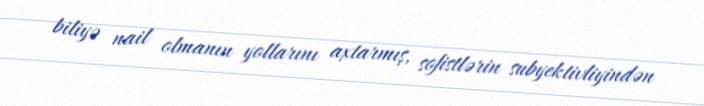
biliyə nail olmanın yollarını axtarmış, sofistlərin subyektivliyindən